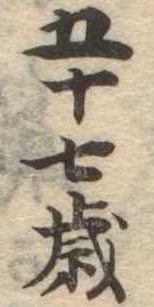
五十七歳